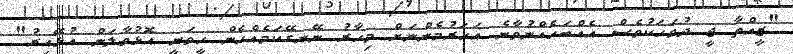
"ޒީއްތާ ޖީ ދުވަހަކުވެސް އެއްބަހެއްނުވާނެ އަހަރުމެންނަށް މިހާރު ނޭނގޭކަމެއްހެން ހީވަނީ އޮޅުވާލަން އުޅޭއިރު"